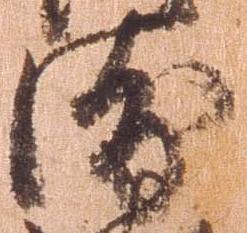
衛